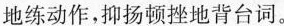
地练动作，抑扬顿挫地背台词。